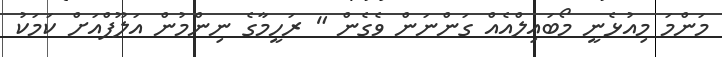
މަންމަ މިއުޅެނީ މޯބައިލްއެއް ގަންނަން ވެގެން " ރަހީމާގެ ނިންމުން އަލޫފްއަށް ކަމަކު